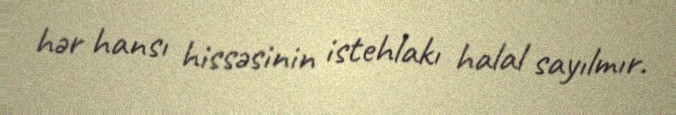
hər hansı hissəsinin istehlakı halal sayılmır.